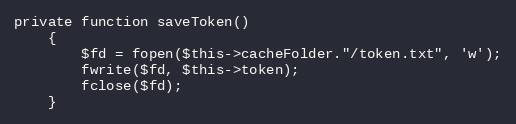
Language: PHP
private function saveToken()
	{
		$fd = fopen($this->cacheFolder."/token.txt", 'w');
		fwrite($fd, $this->token);
		fclose($fd);
	}